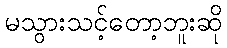
မသွားသင့်တော့ဘူးဆို